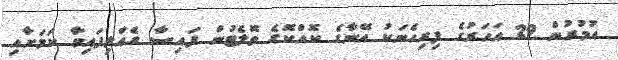
އުމުރުން 29 އަހަރުގެ ފިރިހެނަކު އޭނާގެ ކޮއްކޮގެ ވޮލެޓުން ފައިސާ ގެއްލިފައިވާ ކަމަށާއި